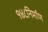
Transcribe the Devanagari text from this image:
१४८निर्माण